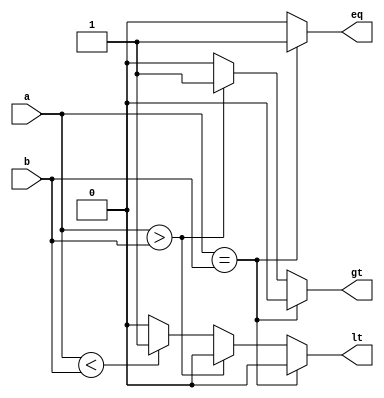
module comp_nb  #(parameter n=5) (
    input wire [n-1:0] a,
	input wire [n-1:0] b, 
    output reg eq, 
    output reg lt, 
    output reg gt   ); 
  
    
    always @ (a,b)
    begin      
       if (a == b)
       begin     
          eq = 1; lt = 0;  gt = 0;   
       end
       else if (a > b)   
       begin     
          eq = 0; lt = 0;  gt = 1; 
       end
       else if (a < b)  
       begin     
          eq = 0; lt = 1;  gt = 0; 
	   end
       else
       begin     
          eq = 0; lt = 0;  gt = 0; 
       end  
    end 

endmodule